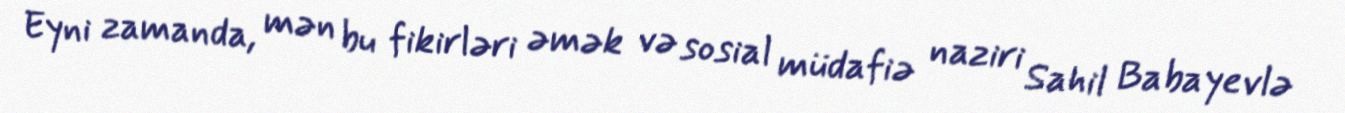
Eyni zamanda, mən bu fikirləri əmək və sosial müdafiə naziri Sahil Babayevlə